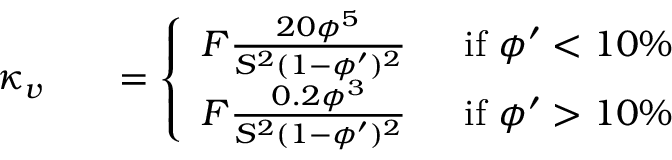
\begin{array} { r l r } { \kappa _ { v } } & { } & { = \left\{ \begin{array} { l l } { F \frac { 2 0 \phi ^ { 5 } } { S ^ { 2 } ( 1 - \phi ^ { \prime } ) ^ { 2 } } \; \; } & { \mathrm { i f ~ } \phi ^ { \prime } < 1 0 \% } \\ { F \frac { 0 . 2 \phi ^ { 3 } } { S ^ { 2 } ( 1 - \phi ^ { \prime } ) ^ { 2 } } \; \; } & { \mathrm { i f ~ } \phi ^ { \prime } > 1 0 \% } \end{array} \right. } \end{array}